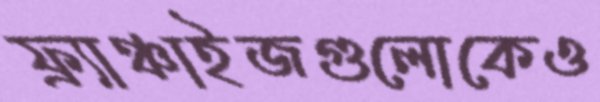
ফ্র্যাঞ্চাইজগুলোকেও